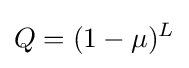
Q=(1-\mu )^{L}